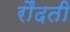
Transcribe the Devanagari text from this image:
रौंदती